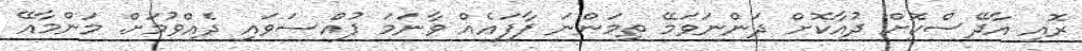
ރޮއި އާދޭސްކޮށް ދުއާކޮށް ދަންނަވަމޭ ތިމަންނަ ފާފައެއް ވާނަމަ ފުއްސަވައި ދެއްވުމަށް. މަންމާއޭ